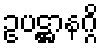
ဥပဋ္ဌာနဂ္ဂိ